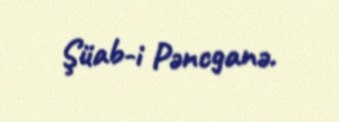
Şüab-i Pəncganə.